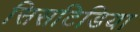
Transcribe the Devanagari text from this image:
सिसटिडिया